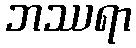
ဘဿရာ